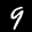
Label: 9